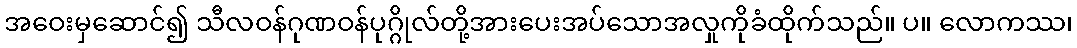
အဝေးမှဆောင်၍ သီလဝန်ဂုဏဝန်ပုဂ္ဂိုလ်တို့အားပေးအပ်သောအလှုကိုခံထိုက်သည်။ ပ။ လောကဿ၊